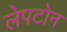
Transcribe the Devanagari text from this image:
लेपटोन